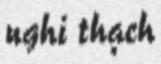
nghi thạch